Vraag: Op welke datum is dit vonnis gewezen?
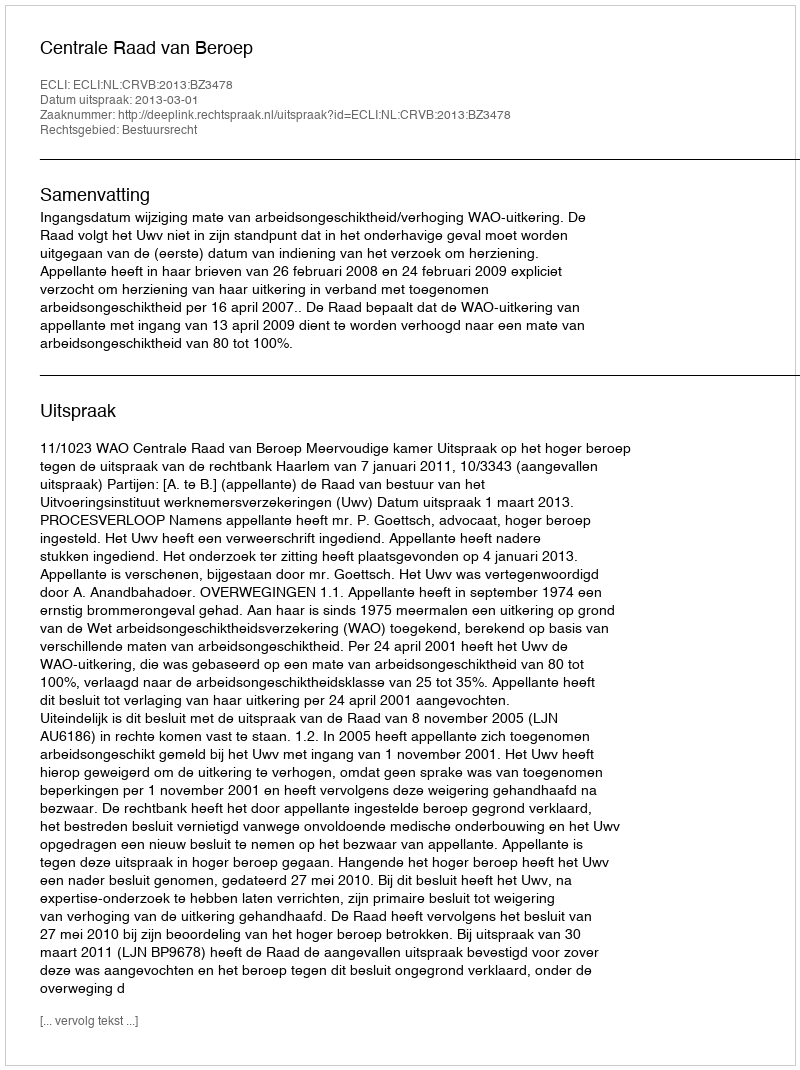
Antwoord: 2013-03-01